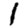
Digit: 1